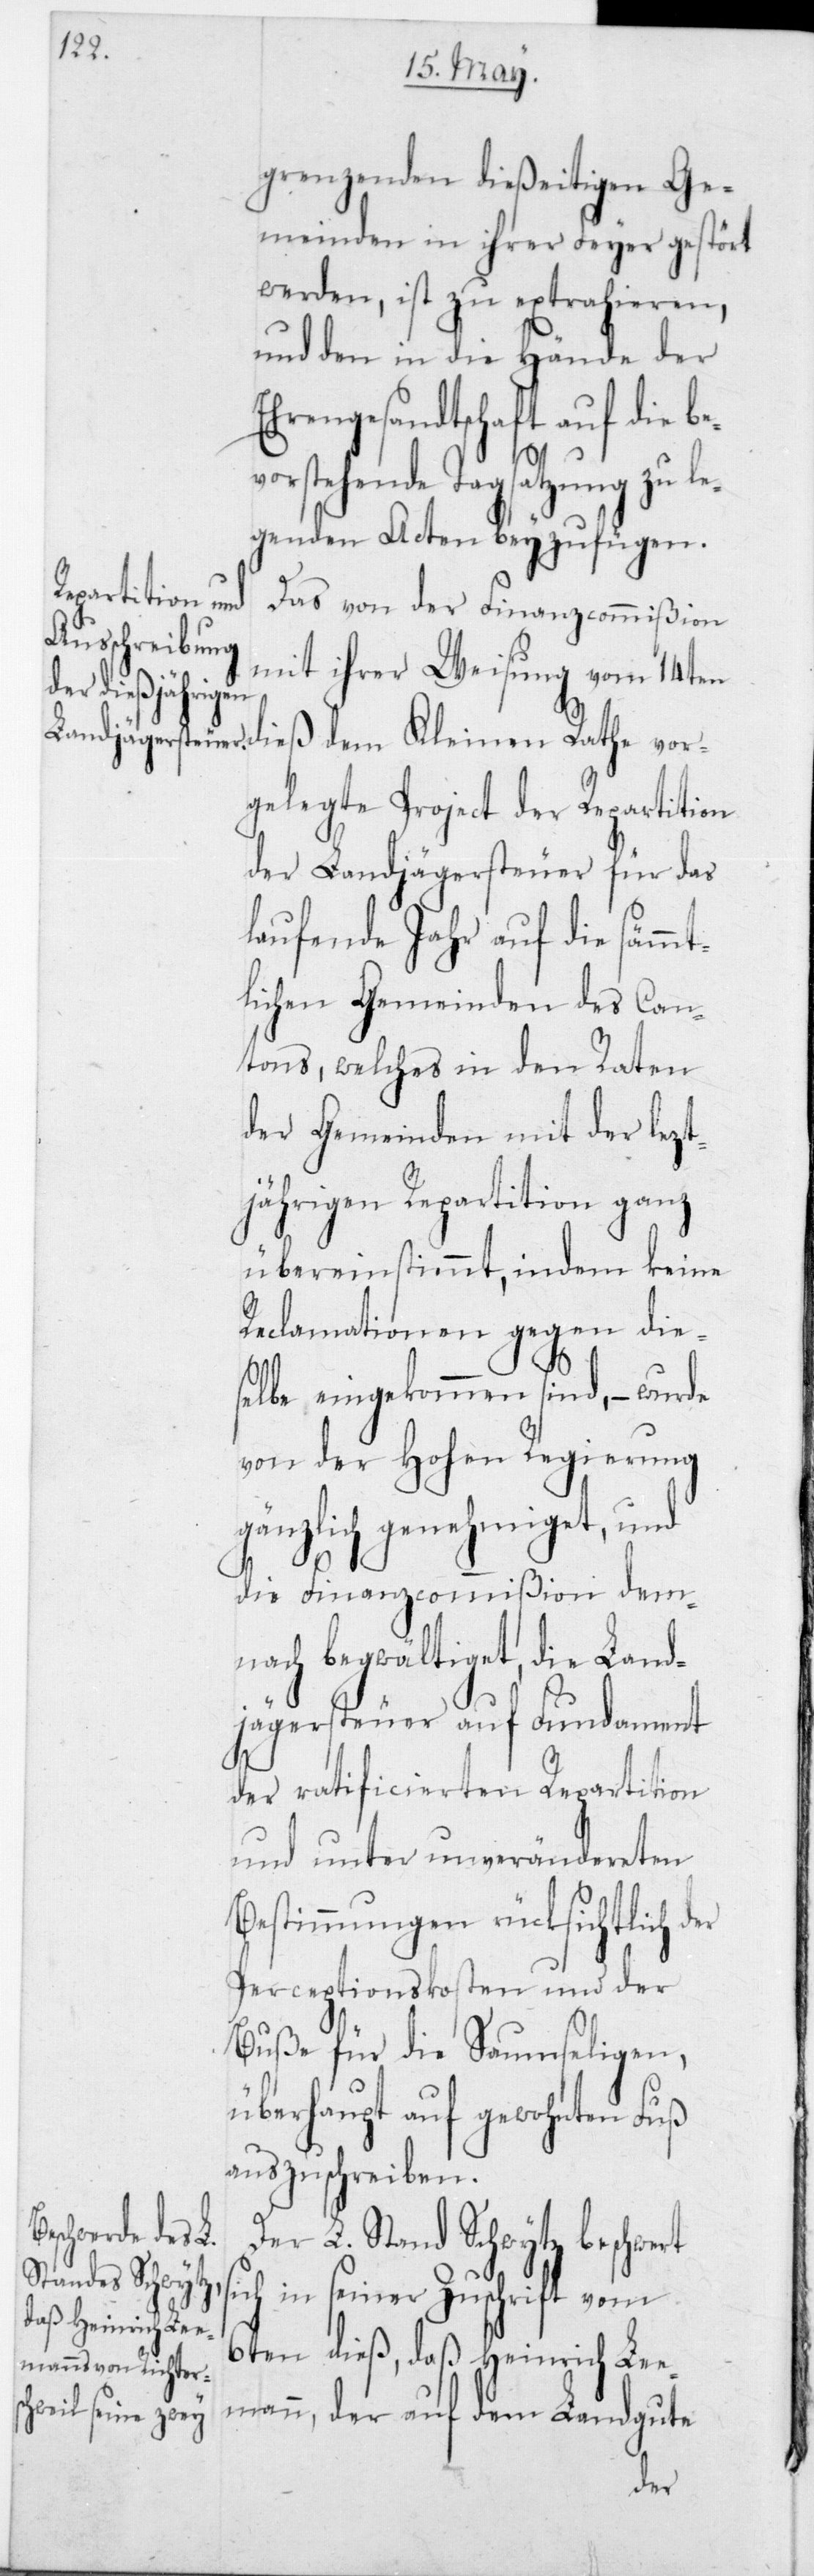
vo¬
grenzenden dießeitigen Ge¬
meinden in ihrer Feyer gestört
werden, ist zu extrahieren,
und den in die Hände der
Ehrengesandtschaft auf die be¬
rstehende Tagsatzung zu l¬
egenden Acten beyzufügen.
Das von der Finanzcommißion
mit ihrer Weisung vom 14ten
dem Kleinen
gelegte Project der Repartition
der Landjägersteuer für das
laufende Jahr auf die sämmt¬
lichen Gemeinden des Can¬
tons, welches in den Raten
der Gemeinden mit der lezt¬
jährigen Repartition ganz
übereinstimmt, indem keine
Reclamationen gegen die¬
selbe eingekommen sind, – wurde
von der Hohen Regierung
gänzlich genehmiget, und
die Finanzcommißion dem¬
nach begwältiget, die Land¬
jägersteuer auf Fundament
der ratificierten Repartition
und unter unverändereten
Bestimmungen rücksichtlich der
Perceptionskosten und der
Buße für die Saumseligen,
überhaupt auf gewohnten Fuß
auszuschreiben.
Rathe vor¬
Der L. Stand Schwytz beschwert
sich in seiner Zuschrift vom
6ten dieß, daß Heinrich Lee¬
mann, der auf dem Landgute